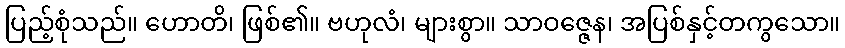
ပြည့်စုံသည်။ ဟောတိ၊ ဖြစ်၏။ ဗဟုလံ၊ များစွာ။ သာဝဇ္ဇေန၊ အပြစ်နှင့်တကွသော။